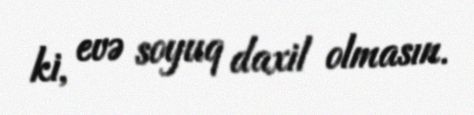
ki, evə soyuq daxil olmasın.